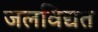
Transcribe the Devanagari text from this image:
जलविद्यत